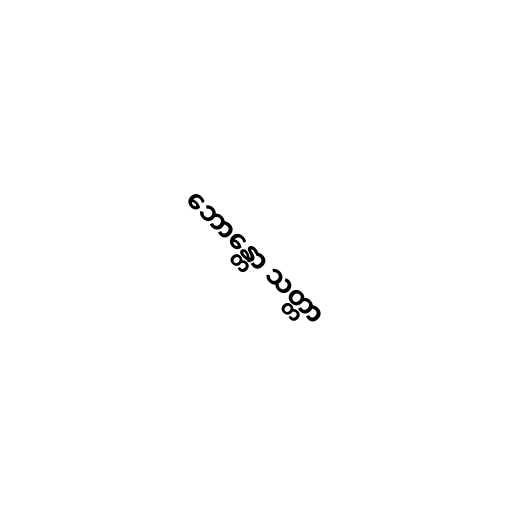
ဘောန္တော သတ္တာ